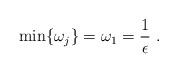
LaTeX: \begin{align*}\min\{\omega_j\}=\omega_1=\frac1\epsilon\ .\end{align*}